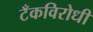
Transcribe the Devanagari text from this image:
टँकविरोधी